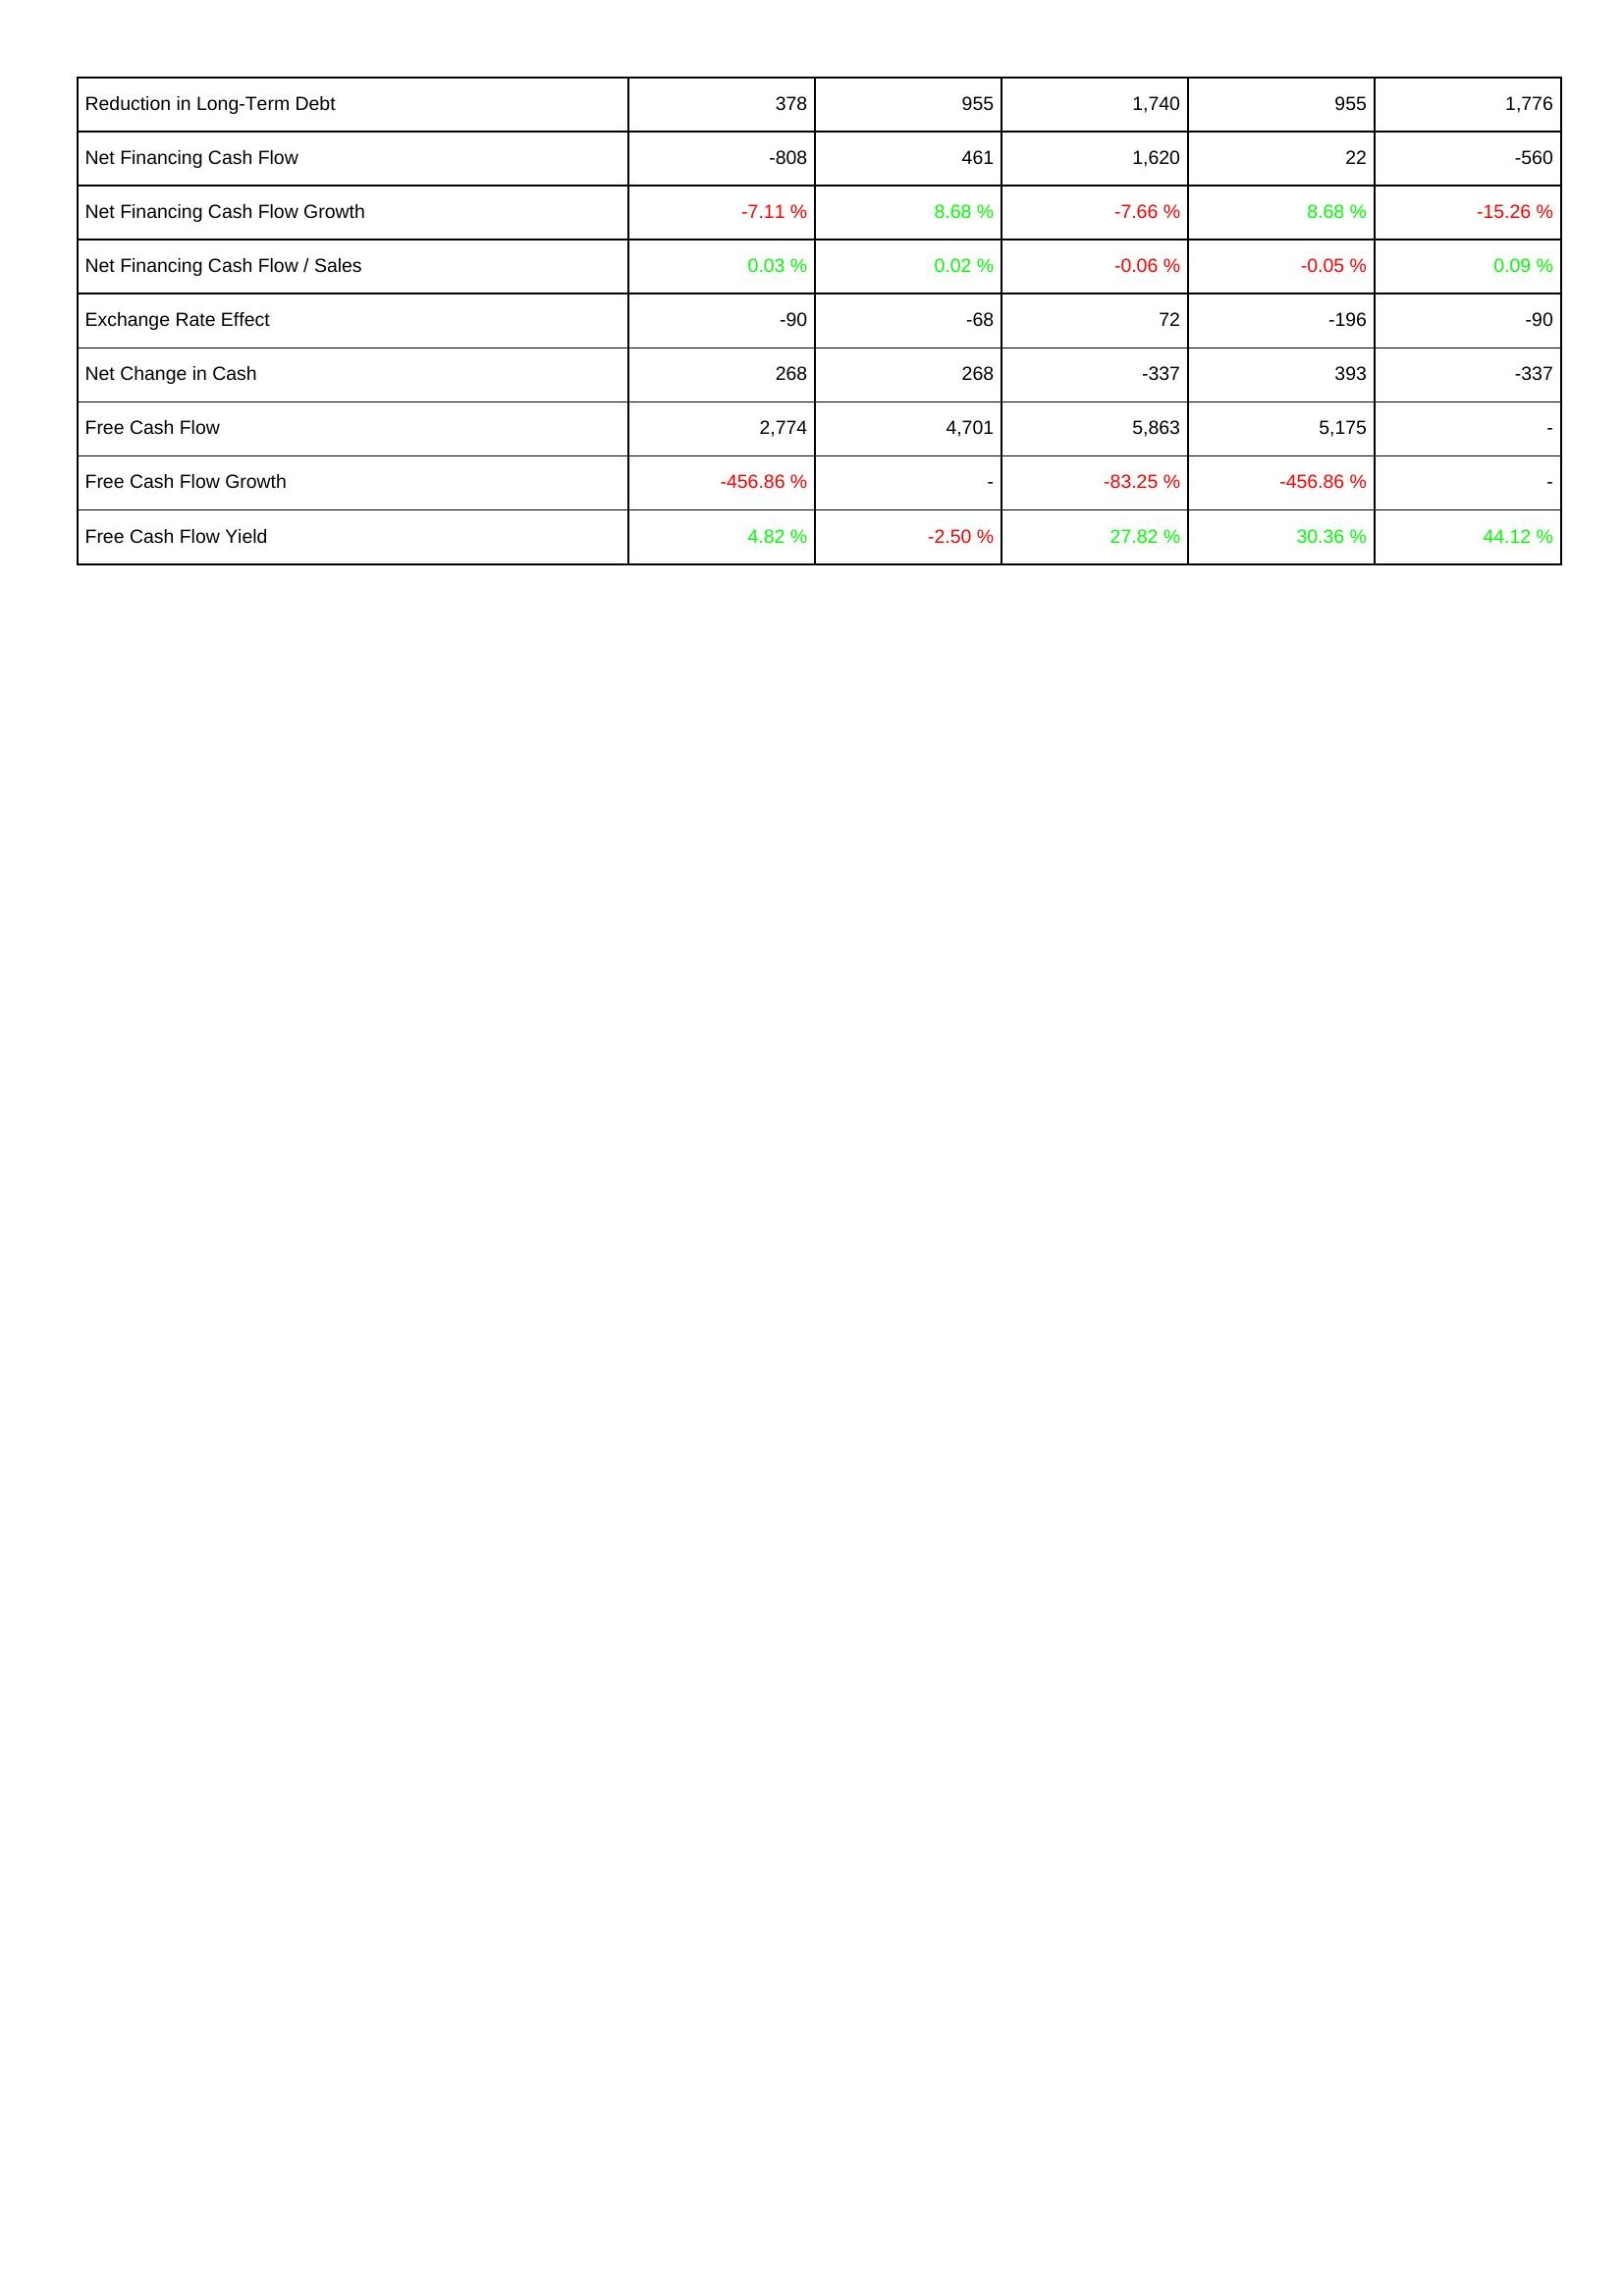
2005: Financing Activities: Reduction in Long-Term Debt: 378
Net Financing Cash Flow: -808
Net Financing Cash Flow Growth: -7.11 %
Net Financing Cash Flow / Sales: 0.03 %
Exchange Rate Effect: -90
Net Change in Cash: 268
Free Cash Flow: 2,774
Free Cash Flow Growth: -456.86 %
Free Cash Flow Yield: 4.82 %
2006: Financing Activities: Reduction in Long-Term Debt: 955
Net Financing Cash Flow: 461
Net Financing Cash Flow Growth: 8.68 %
Net Financing Cash Flow / Sales: 0.02 %
Exchange Rate Effect: -68
Net Change in Cash: 268
Free Cash Flow: 4,701
Free Cash Flow Growth: -
Free Cash Flow Yield: -2.50 %
2007: Financing Activities: Reduction in Long-Term Debt: 1,740
Net Financing Cash Flow: 1,620
Net Financing Cash Flow Growth: -7.66 %
Net Financing Cash Flow / Sales: -0.06 %
Exchange Rate Effect: 72
Net Change in Cash: -337
Free Cash Flow: 5,863
Free Cash Flow Growth: -83.25 %
Free Cash Flow Yield: 27.82 %
2008: Financing Activities: Reduction in Long-Term Debt: 955
Net Financing Cash Flow: 22
Net Financing Cash Flow Growth: 8.68 %
Net Financing Cash Flow / Sales: -0.05 %
Exchange Rate Effect: -196
Net Change in Cash: 393
Free Cash Flow: 5,175
Free Cash Flow Growth: -456.86 %
Free Cash Flow Yield: 30.36 %
2009: Financing Activities: Reduction in Long-Term Debt: 1,776
Net Financing Cash Flow: -560
Net Financing Cash Flow Growth: -15.26 %
Net Financing Cash Flow / Sales: 0.09 %
Exchange Rate Effect: -90
Net Change in Cash: -337
Free Cash Flow: -
Free Cash Flow Growth: -
Free Cash Flow Yield: 44.12 %